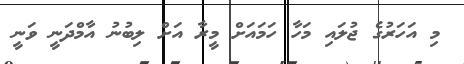
މި އަހަރުގެ ޖުލައި މަހާ ހަމައަށް މީރާ އަށް ލިބުނު އާމްދަނީ ވަނީ